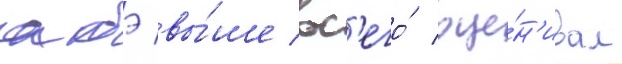
абэ вы́ше вс'его́ оце́н'ивал